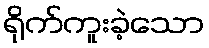
ရိုက်ကူးခဲ့သော